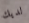
لديك